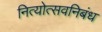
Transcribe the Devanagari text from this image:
नित्योत्सवनिबंध